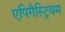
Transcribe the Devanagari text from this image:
एपिगैस्ट्रियम